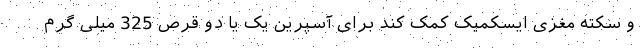
و سکته مغزی ایسکمیک کمک کند برای آسپرین یک یا دو قرص 325 میلی گرم